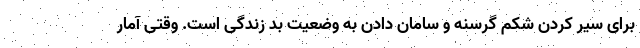
برای سیر کردن شکم گرسنه و سامان دادن به وضعیت بد زندگی است. وقتی آمار